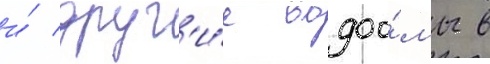
и́ друг'и́е водоо́мы в